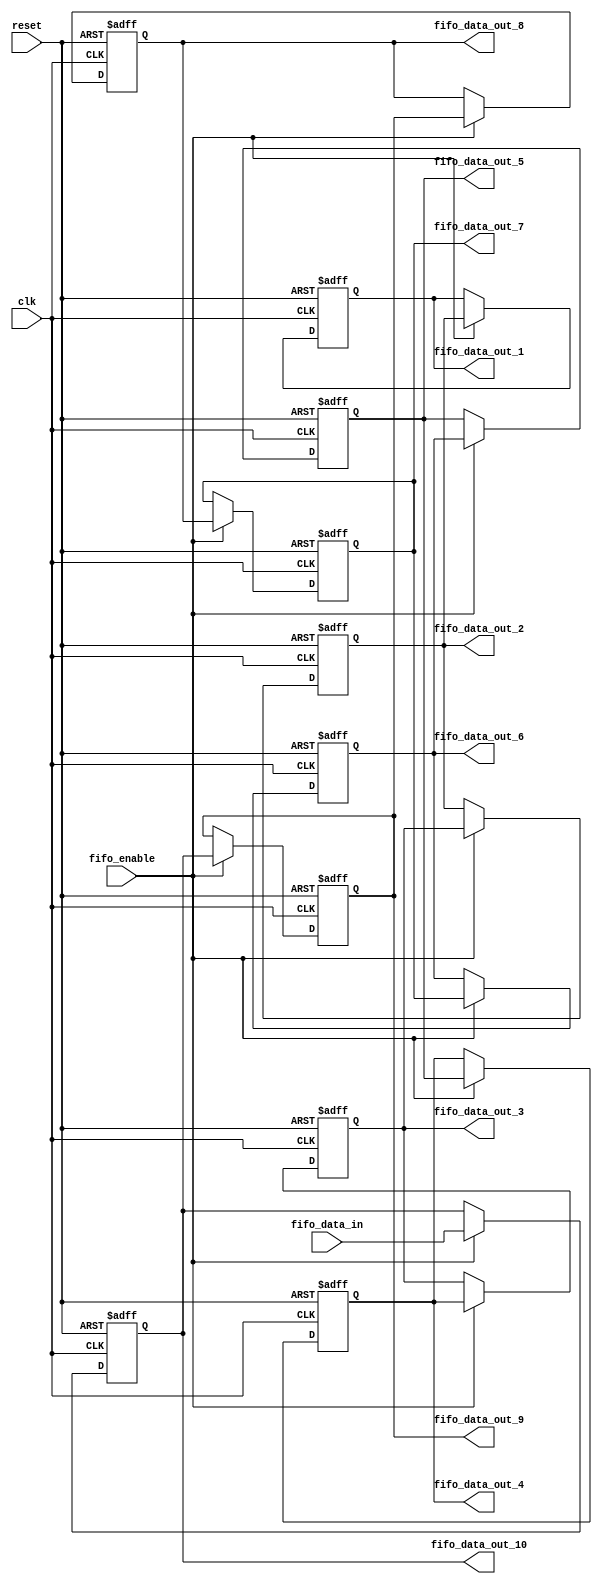
`timescale 1ns / 1ps


module 
 fo_fifo_10 #(parameter
	DATA_WIDTH = 32,
	REGS_NUM = 10
	)(
	input clk,
	input reset,
	output [DATA_WIDTH-1:0] fifo_data_out_1,
	output [DATA_WIDTH-1:0] fifo_data_out_2,
	output [DATA_WIDTH-1:0] fifo_data_out_3,
	output [DATA_WIDTH-1:0] fifo_data_out_4,
	output [DATA_WIDTH-1:0] fifo_data_out_5,
	output [DATA_WIDTH-1:0] fifo_data_out_6,
	output [DATA_WIDTH-1:0] fifo_data_out_7,
	output [DATA_WIDTH-1:0] fifo_data_out_8,
	output [DATA_WIDTH-1:0] fifo_data_out_9,
	output [DATA_WIDTH-1:0] fifo_data_out_10,
	input [DATA_WIDTH-1:0] fifo_data_in,
	input fifo_enable
	);

	reg	[DATA_WIDTH-1:0] FIFO  [REGS_NUM-1:0] ;
	always @ (posedge clk or posedge reset)
    begin
		if(reset)
		begin

			FIFO[0] <= {DATA_WIDTH{1'b0}};
			FIFO[1] <= {DATA_WIDTH{1'b0}};
			FIFO[2] <= {DATA_WIDTH{1'b0}};
			FIFO[3] <= {DATA_WIDTH{1'b0}};
			FIFO[4] <= {DATA_WIDTH{1'b0}};
			FIFO[5] <= {DATA_WIDTH{1'b0}};
			FIFO[6] <= {DATA_WIDTH{1'b0}};
			FIFO[7] <= {DATA_WIDTH{1'b0}};
			FIFO[8] <= {DATA_WIDTH{1'b0}};
			FIFO[9] <= {DATA_WIDTH{1'b0}};
		end
        else if(fifo_enable)
		begin
			FIFO[0] <= fifo_data_in;
			FIFO[1] <= FIFO[0];
			FIFO[2] <= FIFO[1];
			FIFO[3] <= FIFO[2];
			FIFO[4] <= FIFO[3];
			FIFO[5] <= FIFO[4];
			FIFO[6] <= FIFO[5];
			FIFO[7] <= FIFO[6];
			FIFO[8] <= FIFO[7];
			FIFO[9] <= FIFO[8];
		end
	end

	assign    fifo_data_out_1 = FIFO[9];
	assign    fifo_data_out_2 = FIFO[8];
	assign    fifo_data_out_3 = FIFO[7];
	assign    fifo_data_out_4 = FIFO[6];
	assign    fifo_data_out_5 = FIFO[5];
	assign    fifo_data_out_6 = FIFO[4];
	assign    fifo_data_out_7 = FIFO[3];
	assign    fifo_data_out_8 = FIFO[2];
	assign    fifo_data_out_9 = FIFO[1];
	assign    fifo_data_out_10 = FIFO[0];
endmodule